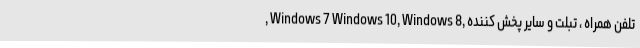
, Windows 7 Windows 10, Windows 8, تلفن همراه ، تبلت و سایر پخش کننده